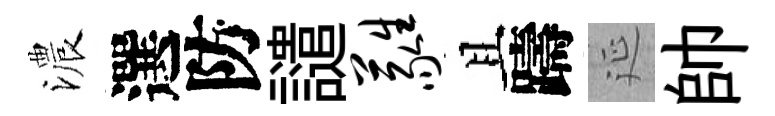
濃選防譴蕤且躊延帥